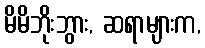
မိမိဘိုးဘွား, ဆရာများက,